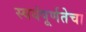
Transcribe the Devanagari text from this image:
स्वयंपूर्णतेचा